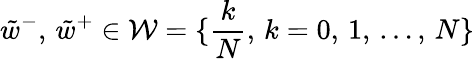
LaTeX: \tilde{w}^{-},\, \tilde{w}^{+}\in\mathcal{W}=\{ \frac{k}{N},\, k=0,\, 1,\, \dots,\, N\}